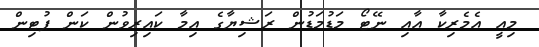
މިއީ އެމެރިކާ އާއި ނޭޓޯ މަޑުމަޑުން ރަޝިޔާގެ އިމާ ކައިރިވުން ކަން ޕުޓިން